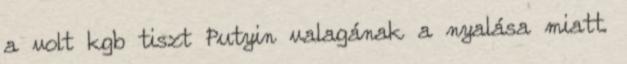
a volt kgb tiszt Putyin valagának a nyalása miatt.